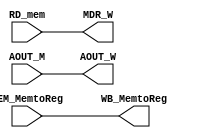
module MEM_WB (RD_mem, AOUT_M, MEM_MemtoReg,
MDR_W, AOUT_W, WB_MemtoReg);
    
    input [31:0] RD_mem;
    input [31:0] AOUT_M;
    input MEM_MemtoReg;

    output reg [31:0] MDR_W;
    output reg [31:0] AOUT_W;
    output reg WB_MemtoReg;


    always @(*) begin
        MDR_W <= RD_mem;
        AOUT_W <= AOUT_M;
        WB_MemtoReg <= MEM_MemtoReg;
    end
endmodule